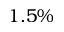
1 . 5 \%